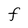
Character: F